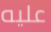
عليه